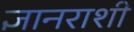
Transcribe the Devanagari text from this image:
ज्ञानराशी